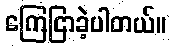
ကြေငြာခဲ့ပါတယ်။